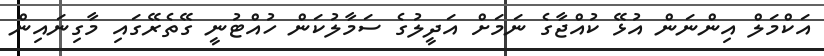
އަކްމަލް އިންނަން އުޅޭ ކުއްޖާގެ ނަމަށް އަދީލުގެ ސަމާލުކަން ހުއްޓުނީ ގޭތެރޭގައި މާގިނައިން